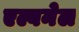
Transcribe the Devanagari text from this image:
एल्बनेल